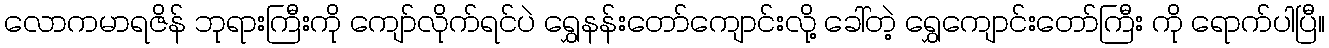
လောကမာရဇိန် ဘုရားကြီးကို ကျော်လိုက်ရင်ပဲ ရွှေနန်းတော်ကျောင်းလို့ ခေါ်တဲ့ ရွှေကျောင်းတော်ကြီး ကို ရောက်ပါပြီ။